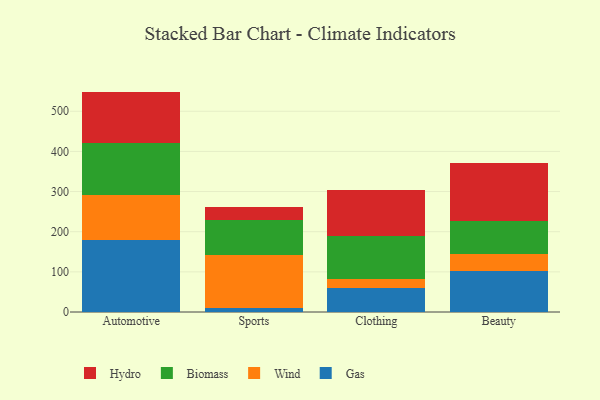
{"axis": {"x": "Category", "y": "Backlog"}, "legend": ["Biomass", "Gas", "Hydro", "Wind"], "data": [{"x": "Automotive", "y": 179.6, "type": "Gas"}, {"x": "Automotive", "y": 111.5, "type": "Wind"}, {"x": "Automotive", "y": 129.8, "type": "Biomass"}, {"x": "Automotive", "y": 128.1, "type": "Hydro"}, {"x": "Sports", "y": 11.2, "type": "Gas"}, {"x": "Sports", "y": 130.2, "type": "Wind"}, {"x": "Sports", "y": 87.2, "type": "Biomass"}, {"x": "Sports", "y": 33.8, "type": "Hydro"}, {"x": "Clothing", "y": 59.1, "type": "Gas"}, {"x": "Clothing", "y": 22.9, "type": "Wind"}, {"x": "Clothing", "y": 107.9, "type": "Biomass"}, {"x": "Clothing", "y": 115.1, "type": "Hydro"}, {"x": "Beauty", "y": 101.3, "type": "Gas"}, {"x": "Beauty", "y": 42.8, "type": "Wind"}, {"x": "Beauty", "y": 82.5, "type": "Biomass"}, {"x": "Beauty", "y": 145.6, "type": "Hydro"}]}